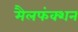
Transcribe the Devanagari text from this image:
मैलफंक्शन